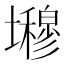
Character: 𭐇